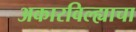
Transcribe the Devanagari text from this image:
अकारविल्ह्याचा